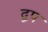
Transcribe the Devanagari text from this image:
द्वप